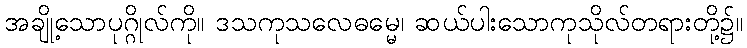
အချို့သောပုဂ္ဂိုလ်ကို။ ဒသကုသလေဓမ္မေ၊ ဆယ်ပါးသောကုသိုလ်တရားတို့၌။